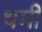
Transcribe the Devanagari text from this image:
थमी